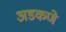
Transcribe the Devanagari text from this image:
अडकणे